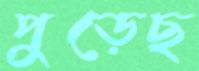
পুড়েছ